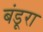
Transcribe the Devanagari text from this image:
बंडूरा